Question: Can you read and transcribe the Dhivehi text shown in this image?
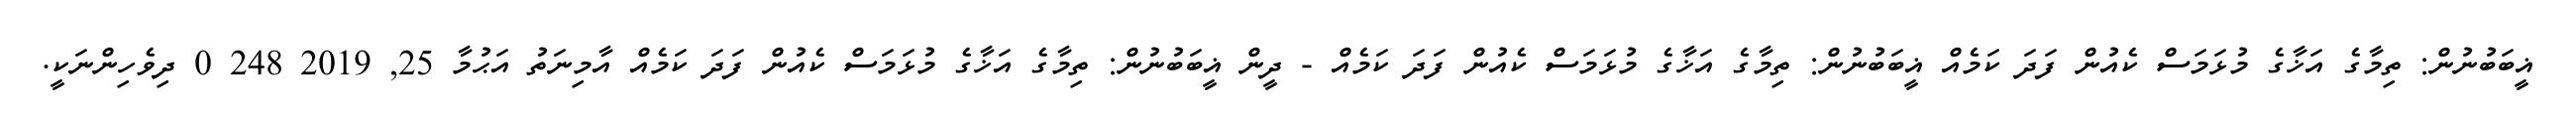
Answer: ޣީބަބުނުން: ތިމާގެ އަޚާގެ މުޅަމަސް ކެއުން ފަދަ ކަމެއް ޣީބަބުނުން: ތިމާގެ އަޚާގެ މުޅަމަސް ކެއުން ފަދަ ކަމެއް - ދީން ޣީބަބުނުން: ތިމާގެ އަޚާގެ މުޅަމަސް ކެއުން ފަދަ ކަމެއް އާމިނަތު އަޙުމާ 25, 2019 248 0 ދިވެހިންނަކީ.